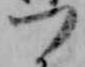
つ